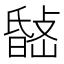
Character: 𭤉